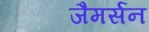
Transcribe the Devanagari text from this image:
जैमर्सन